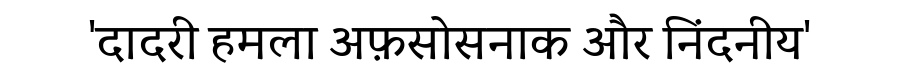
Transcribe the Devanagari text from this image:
'दादरी हमला अफ़सोसनाक और निंदनीय'